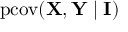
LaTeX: \operatorname { p c o v } ( \mathbf { X } , \mathbf { Y } \mid \mathbf { I } )